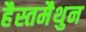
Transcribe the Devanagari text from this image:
हैस्तमैथुन